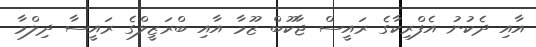
އާއި ދެކުނު އެފްރިކާގެ ރައީސް ޖާކޫބް ޒޫމާ އާއި ބްރަޒީލްގެ ރައީސާ ދިލްމާ